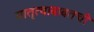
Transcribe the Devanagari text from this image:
मातृत्वाबाबतची